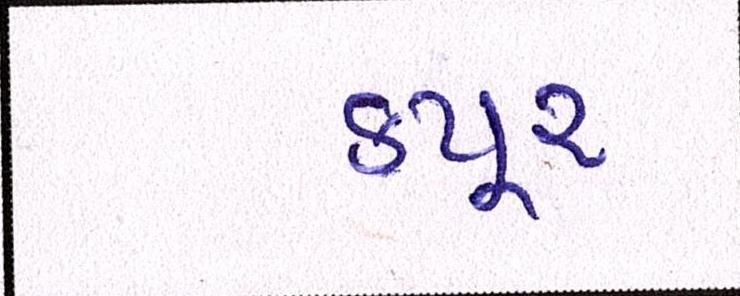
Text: કપુર